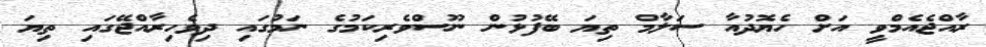
ރާއްޖެއެމްވީ އަށް ހެޔޮދުއާ ސަލާމް ތިޔަ ބޭފުޅުން ނޫސްވެރިކަމުގެ ނަމުގައި ދިވެހިރާއްޖޭގައި ތިޔަ